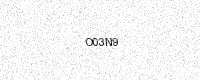
Text: O03N9